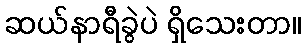
ဆယ်နာရီခွဲပဲ ရှိသေးတာ။